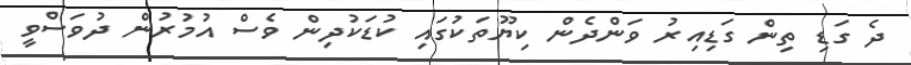
ދެ ގަޑި ތިން ގަޑިއިރު ވަންދެން ކިޔޫތަކުގައި ކުޑަކުދިން ވެސް އުމުރުން ދުވަސްވީ